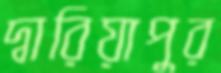
দ্বারিয়াপুর